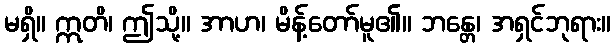
မရှိ။ ဣတိ၊ ဤသို့။ အာဟ၊ မိန့်တော်မူ၏။ ဘန္တေ၊ အရှင်ဘုရား။